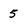
Character: 5